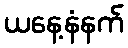
ယနေ့နံနက်